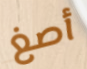
أصغ